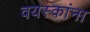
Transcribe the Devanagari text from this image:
वयस्कांना